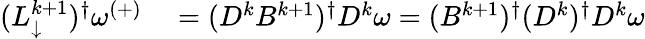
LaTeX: \begin{array}{rl}{(L_{\downarrow}^{k+1})^{\dagger}\omega^{(+)}}&{{}=(D^{k}B^{k+1})^{\dagger}D^{k}\omega=(B^{k+1})^{\dagger}(D^{k})^{\dagger}D^{k}\omega}\end{array}